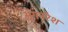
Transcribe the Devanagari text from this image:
अंगनरेश